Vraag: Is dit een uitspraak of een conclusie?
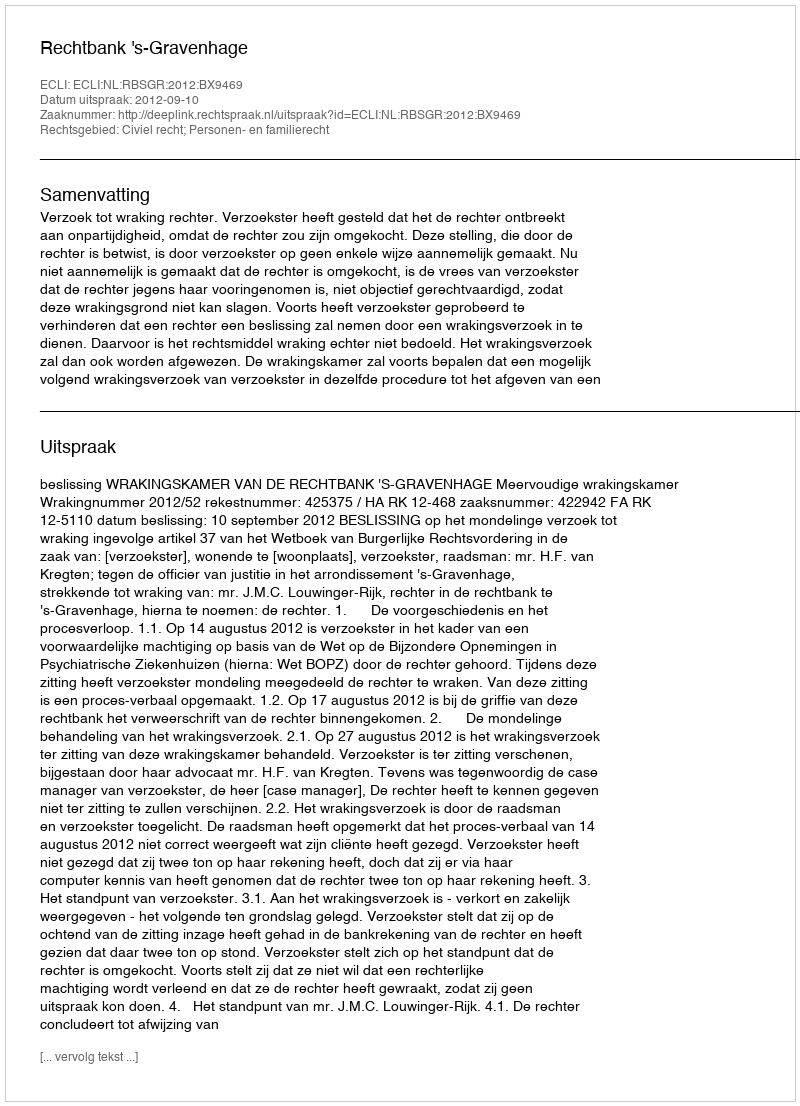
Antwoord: Uitspraak